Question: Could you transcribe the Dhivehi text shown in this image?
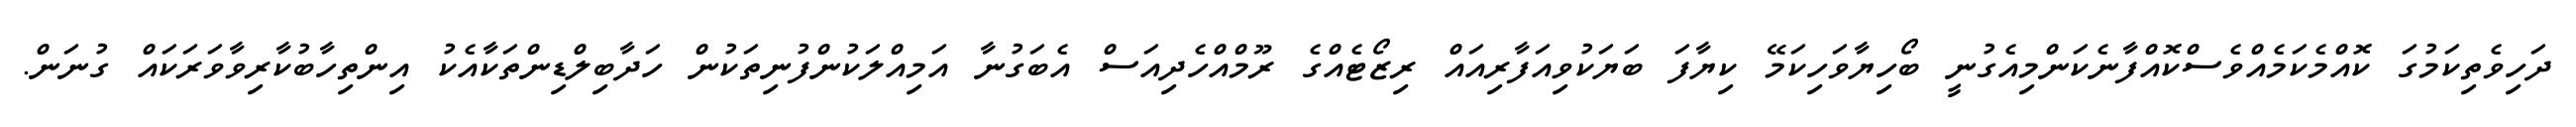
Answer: ދަހިވެތިކަމުގަ ކޮއްމެކަމެއްވެސްކޮއްފާނެކަންމިއެގުނީ ބޯހިޔާވަހިކަމޭ ކިޔާފަ ބަޔަކުވިއަފާރިއައް ރިޒޯޓެއްގެ ރޫމްއްހެދިއަސް އެބަގުނާ އަމިއްލަކުންފުނިތަކުން ހަދާބިލްޑިންތަކާއެކު އިންތިހާބުކާރިވާވަރަކައް ގުނަން.